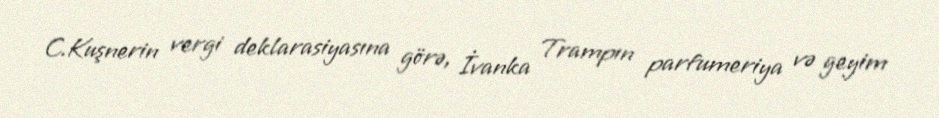
C.Kuşnerin vergi deklarasiyasına görə, İvanka Trampın parfumeriya və geyim